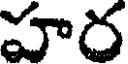
హర